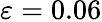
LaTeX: \varepsilon=0.06